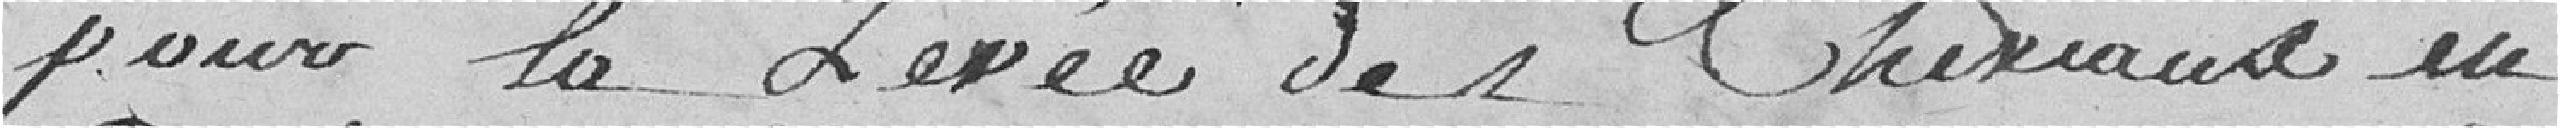
pour la levée des chevaux en